Indian journal of veterinary science and animal husbandry - Volume 3,
Year: 1933
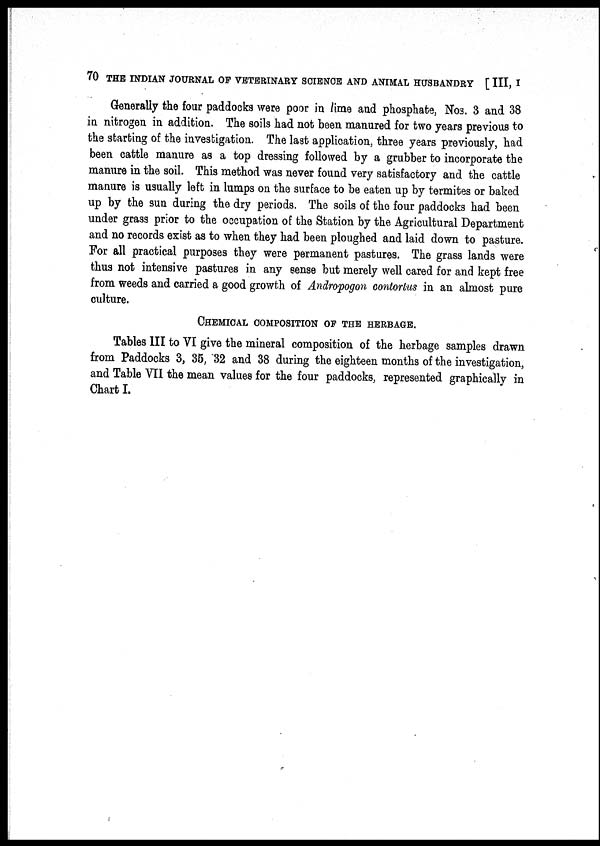
70 THE INDIAN JOURNAL OF VETERINARY SCIENCE AND ANIMAL HUSBANDRY [ III, I
Generally the four paddocks were poor in lime and phosphate, Nos. 3 and 38
in nitrogen in addition. The soils had not been manured for two years previous to
the starting of the investigation. The last application, three years previously, had
been cattle manure as a top dressing followed by a grubber to incorporate the
manure in the soil. This method was never found very satisfactory and the cattle
manure is usually left in lumps on the surface to be eaten up by termites or baked
up by the sun during the dry periods. The soils of the four paddocks had been
under grass prior to the occupation of the Station by the Agricultural Department
and no records exist as to when they had been ploughed and laid down to pasture.
For all practical purposes they were permanent pastures. The grass lands were
thus not intensive pastures in any sense but merely well cared for and kept free
from weeds and carried a good growth of Andropogon contortus in an almost pure
culture.
CHEMICAL COMPOSITION OF THE HERBAGE.
Tables III to VI give the mineral composition of the herbage samples drawn
from Paddocks 3, 35, 32 and 38 during the eighteen months of the investigation,
and Table VII the mean values for the four paddocks, represented graphically in
Chart I.